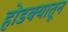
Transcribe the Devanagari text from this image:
होडक्यातून